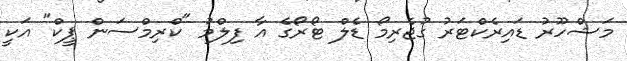
މަޝްހޫރު ޑައިރެކްޓަރު ގުޖެރިމޯ ޑެލް ޓޯރޯގެ އާ ފިލްމު "ކްރިމްސަން ޕީކް" އަކީ